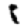
Digit: 8